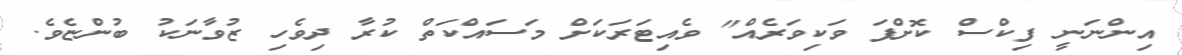
އިންނަނީ ފިކްސް ކޮށްފަ ވަކިވަރެއް" ވެއިޓަރަކަށް މަސައްކަތް ކުރާ ދިވެހި ޒުވާނަކު ބުންޏެވެ.